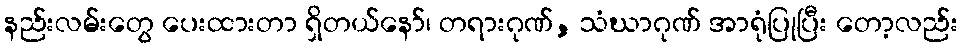
နည်းလမ်းတွေ ပေးထားတာ ရှိတယ်နော်၊ တရားဂုဏ်, သံဃာဂုဏ် အာရုံပြုပြီး တော့လည်း